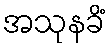
အသုနခိံ